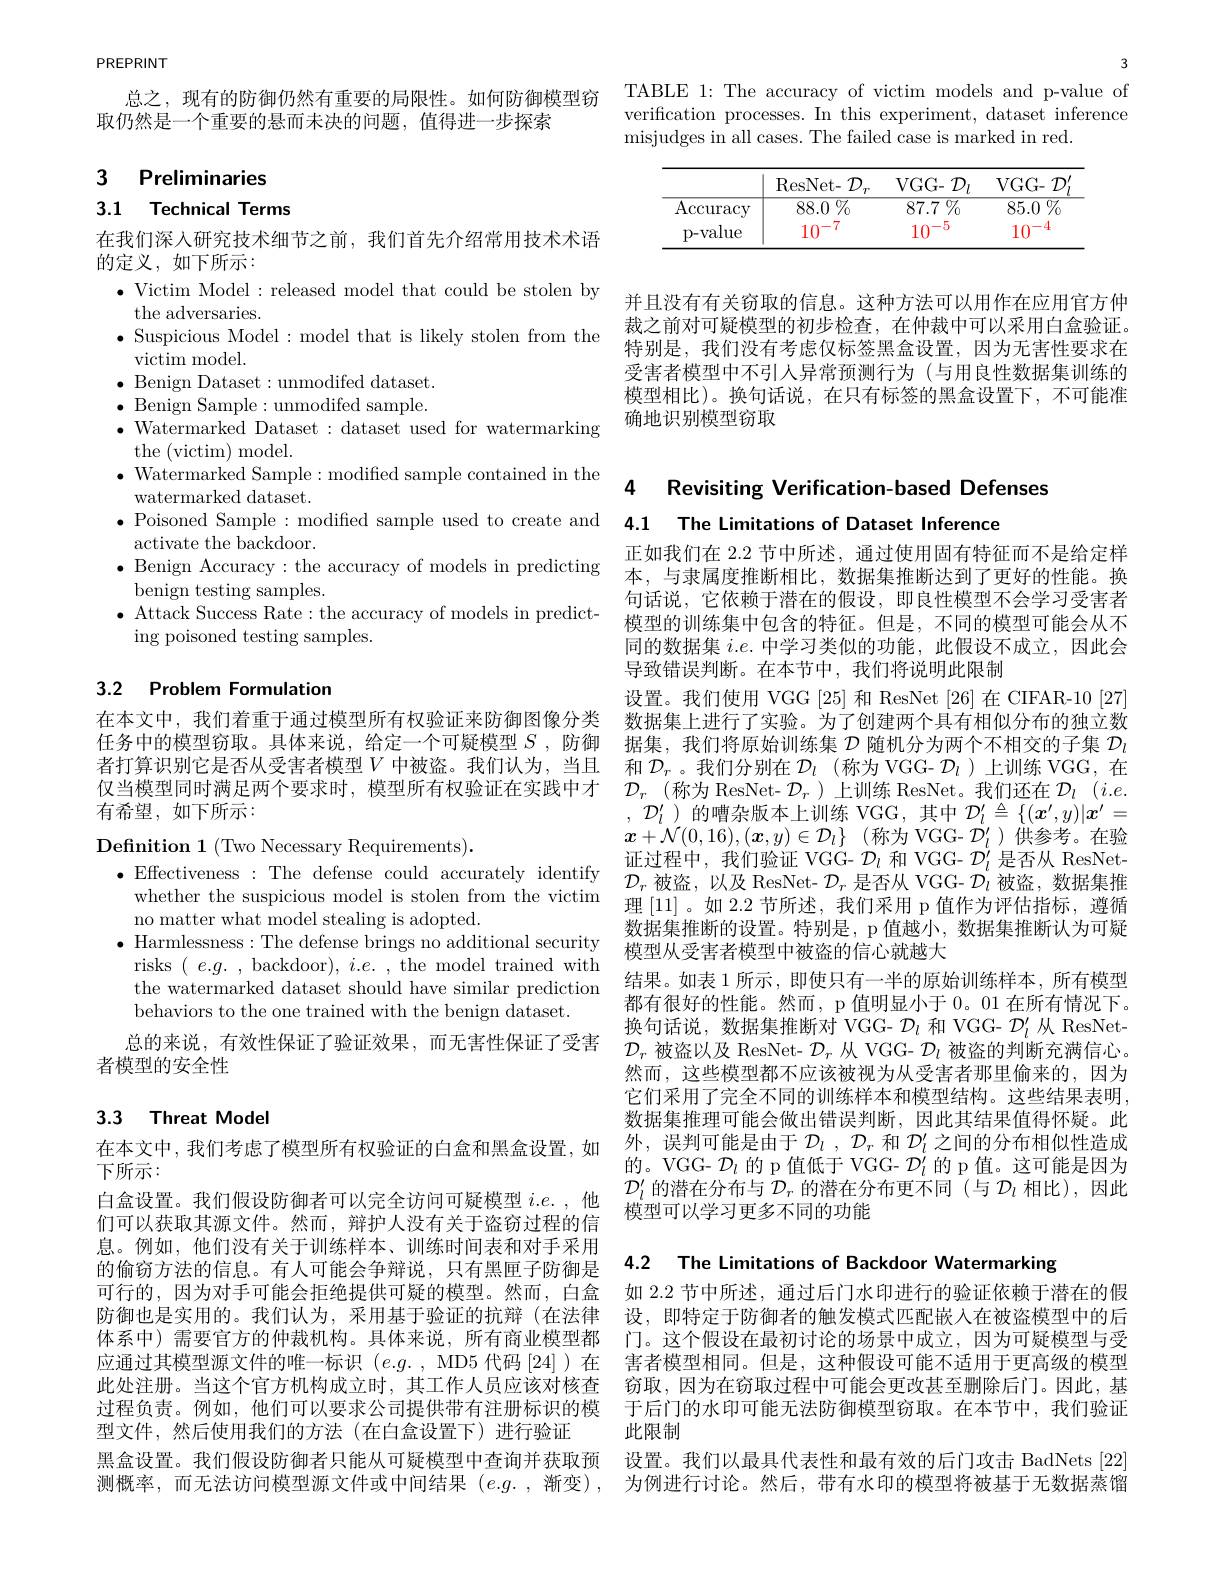
3

verification processes. In this experiment, dataset inference
misjudges in all cases. The failed case is marked in red.

<table>
	<tbody>
		<tr>
			<th> </th>
			<th>ResNet- $\mathcal{D}_{i}$</th>
			<th>VGG- ${\mathcal{D} }_{l}$</th>
			<th>$VGG-{\mathcal D}$</th>
		</tr>
		<tr>
			<td>$\operatorname{Accuracy}$</td>
			<td>88.0 $\%$</td>
			<td>87.7 $\%$</td>
			<td>$\overline{85.0\:\%}$</td>
		</tr>
		<tr>
			<td>p-value</td>
			<td>$10^{-1}$</td>
			<td>$10^{-5}$</td>
			<td>$10^{-4}$</td>
		</tr>
	</tbody>
</table>

并且没有有关窃取的信息。这种方法可以用作在应用官方仲裁之前对可疑模型的初步检查，在仲裁中可以采用白盒验证。特别是，我们没有考虑仅标签黑盒设置，因为无害性要求在受害者模型中不引人异常预测行为(与用良性数据集训练的模型相比)。换句话说，在只有标签的黑盒设置下，不可能准确地识别模型窃取

PREPRINT

总之，现有的防御仍然有重要的局限性。如何防御模型窃 TABLE 1: The accuracy of victim models and p-value of
取仍然是一个重要的悬而未决的问题，值得进一步探索

3 Preliminaries

## 3.1 Technical Terms

在我们深入研究技术细节之前，我们首先介绍常用技术术语
的定义，如下所示：
$\bullet$ Victim Model : released model that could be stolen by
the adversaries.
$\bullet$ Suspicious Model:model that is likely stolen from the
$\bar{\text{victim model}}.$
$\bullet$ Benign Dataset:unmodifed dataset. $\bullet$ Benign Sample:unmodifed sample. $\bullet$ Watermarked Dataset: dataset used for watermarking
the (victim) model.
$\bullet$ Watermarked Sample:modified sample contained in the
watermarked dataset.
$\bullet$ Poisoned Sample:modified sample used to create and 4.1 The Limitations of Dataset Inference
activate the backdoor.
$\bullet$Benign Accuracy: the accuracy of models in predicting本 , 与 隶 属 度 推 断 相 比 , 数 据 集 推 断 达 到 了 更 好 的 性 能 。换 bovim tortinor camploc本 , 与 隶 属 度 推 断 相 比 , 数 据 集 推 断 达 到 了 更 好 的 性 能 。换
benign testing samples.
$\bullet$ Attack Success Rate: the accuracy of models in predict-
ing poisoned testing samples.

# 3.2 Problem Formulation

在本文中，我们着重于通过模型所有权验证来防御图像分类任务中的模型窃取。具体来说，给定一个可疑模型$S$ ,防御者打算识别它是否从受害者模型$V$ 中被盗。我们认为，当且仅当模型同时满足两个要求时，模型所有权验证在实践中才有希望，如下所示：

Definition 1 (Two Necessary Requirements).
whether the suspicious model is stolen from the victim
no matter what model stealing is adopted.
$\bullet$ Harmlessness: The defense brings no additional security risks $(e.g.$, backdoor$),i.e.$, the model trained with the watermarked dataset should have similar prediction behaviors to the one trained with the benign dataset.
总的来说，有效性保证了验证效果，而无害性保证了受害
者模型的安全性

# 3.3 Threat Model

在本文中，我们考虑了模型所有权验证的白盒和黑盒设置，如
下所示：
白盒设置。我们假设防御者可以完全访问可疑模型$i.e.$,他们可以获取其源文件。然而，辩护人没有关于盗窃过程的信息。例如，他们没有关于训练样本、训练时间表和对手采用的偷窃方法的信息。有人可能会争辩说，只有黑匣子防御是可行的，因为对手可能会拒绝提供可疑的模型。然而，白盒防御也是实用的。我们认为，采用基于验证的抗辩(在法律体系中)需要官方的仲裁机构。具体来说，所有商业模型都应通过其模型源文件的唯一标识(e.g.,MD5代码[24])在此处注册。当这个官方机构成立时，其工作人员应该对核查过程负责。例如，他们可以要求公司提供带有注册标识的模型文件，然后使用我们的方法(在白盒设置下)进行验证
黑盒设置。我们假设防御者只能从可疑模型中查询并获取预测概率，而无法访问模型源文件或中间结果(e.g.,渐变),

4 Revisiting Verification-based Defenses

正如我们在 2.2 节中所述，通过使用固有特征而不是给定样句话说，它依赖于潜在的假设，即良性模型不会学习受害者模型的训练集中包含的特征。但是，不同的模型可能会从不同的数据集$i.e.$中学习类似的功能，此假设不成立，因此会导致错误判断。在本节中，我们将说明此限制
设置。我们使用 VGG [25] 和 ResNet [26] 在 CIFAR-10 [27] 数据集上进行了实验。为了创建两个具有相似分布的独立数据集，我们将原始训练集$\mathcal{D}$随机分为两个不相交的子集$\mathcal{D}_l$ 和$\mathcal{D}_r$ 。我们分别在$\mathcal{D}_l$ (称为 VGG- $\mathcal{D}_l$ )上训练 VGG, 在$\mathcal{D} _{r}$ (称为 ResNet- $\mathcal{D}_r$ )上训练 ResNet。我们还在 $\mathcal{D} _l$ $( i. e.$ $,\mathcal{D}_l^{\prime}$)的嘈杂版本上训练 VGG,其中$\mathcal{D}_l^\prime\triangleq\{(x^{\prime},y)|x^{\prime}=$ $\begin{array}{l}{\boldsymbol{x}+\mathcal{N}(0,16),(\boldsymbol{x},y)\in\mathcal{D}_{l}\}}&{\text{(称为 VGG- }\mathcal{D}_{l}^{\prime})\text{供参考。在验}}\\{\text{证过程中，我们验证 VGG- }\mathcal{D}_{l}\text{ 和 VGG- }\mathcal{D}_{l}^{\prime}\text{ 是否从 ResNet-}}\end{array}$
$\bullet$Effectiveness:The defense could accurately identify $\mathcal{D}_r$被盗，以及ResNet-$\mathcal{D}_r$是否从 VGG- $\mathcal{D}_l$ 被盗，数据集推
理[11] 。如 2.2 节所述，我们采用 p 值作为评估指标，遵循数据集推断的设置。特别是，p 值越小，数据集推断认为可疑模型从受害者模型中被盗的信心就越大
结果。如表 1 所示，即使只有一半的原始训练样本，所有模型都有很好的性能。然而，p 值明显小于 0。01 在所有情况下。换句话说，数据集推断对 VGG- $\mathcal{D}_l$和 VGG- $\mathcal{D}_l^\prime$从 ResNet- $\mathcal{D}_r$被盗以及 ResNet- $\mathcal{D}_r$从 VGG- $\mathcal{D}_l$被盗的判断充满信心。然而，这些模型都不应该被视为从受害者那里偷来的，因为它们采用了完全不同的训练样本和模型结构。这些结果表明， 数据集推理可能会做出错误判断，因此其结果值得怀疑。此外，误判可能是由于$\mathcal{D}_l,\mathcal{D}_r$和$\mathcal{D}_l^\prime$之间的分布相似性造成的。VGG- $\mathcal{D}_l$的 p 值低于 VGG- $\mathcal{D}_l^{\prime}$的 p 值。这可能是因为$\mathcal{D}_l^{\prime}$的潜在分布与$\mathcal{D}_r$的潜在分布更不同 (与$\mathcal{D}_l$相比),因此模型可以学习更多不同的功能

4.2 The Limitations of Backdoor Watermarking

如 2.2 节中所述，通过后门水印进行的验证依赖于潜在的假设，即特定于防御者的触发模式匹配嵌入在被盗模型中的后门。这个假设在最初讨论的场景中成立，因为可疑模型与受害者模型相同。但是，这种假设可能不适用于更高级的模型窃取，因为在窃取过程中可能会更改甚至删除后门。因此，基于后门的水印可能无法防御模型窃取。在本节中，我们验证此限制
设置。我们以最具代表性和最有效的后门攻击 BadNets [22] 为例进行讨论。然后，带有水印的模型将被基于无数据蒸馏